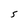
Character: 5